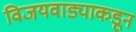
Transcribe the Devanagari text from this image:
विजयवाड्याकडून